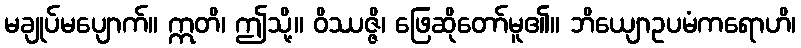
မချုပ်မပျောက်။ ဣတိ၊ ဤသို့။ ဝိဿဇ္ဇိ၊ ဖြေဆိုတော်မူ၏။ ဘိယျောဥပမံကရောဟိ၊